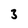
Character: 3